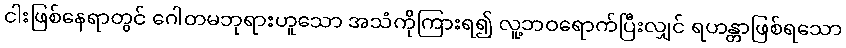
ငါးဖြစ်နေရာတွင် ဂေါတမဘုရားဟူသော အသံကိုကြားရ၍ လူ့ဘဝရောက်ပြီးလျှင် ရဟန္တာဖြစ်ရသော